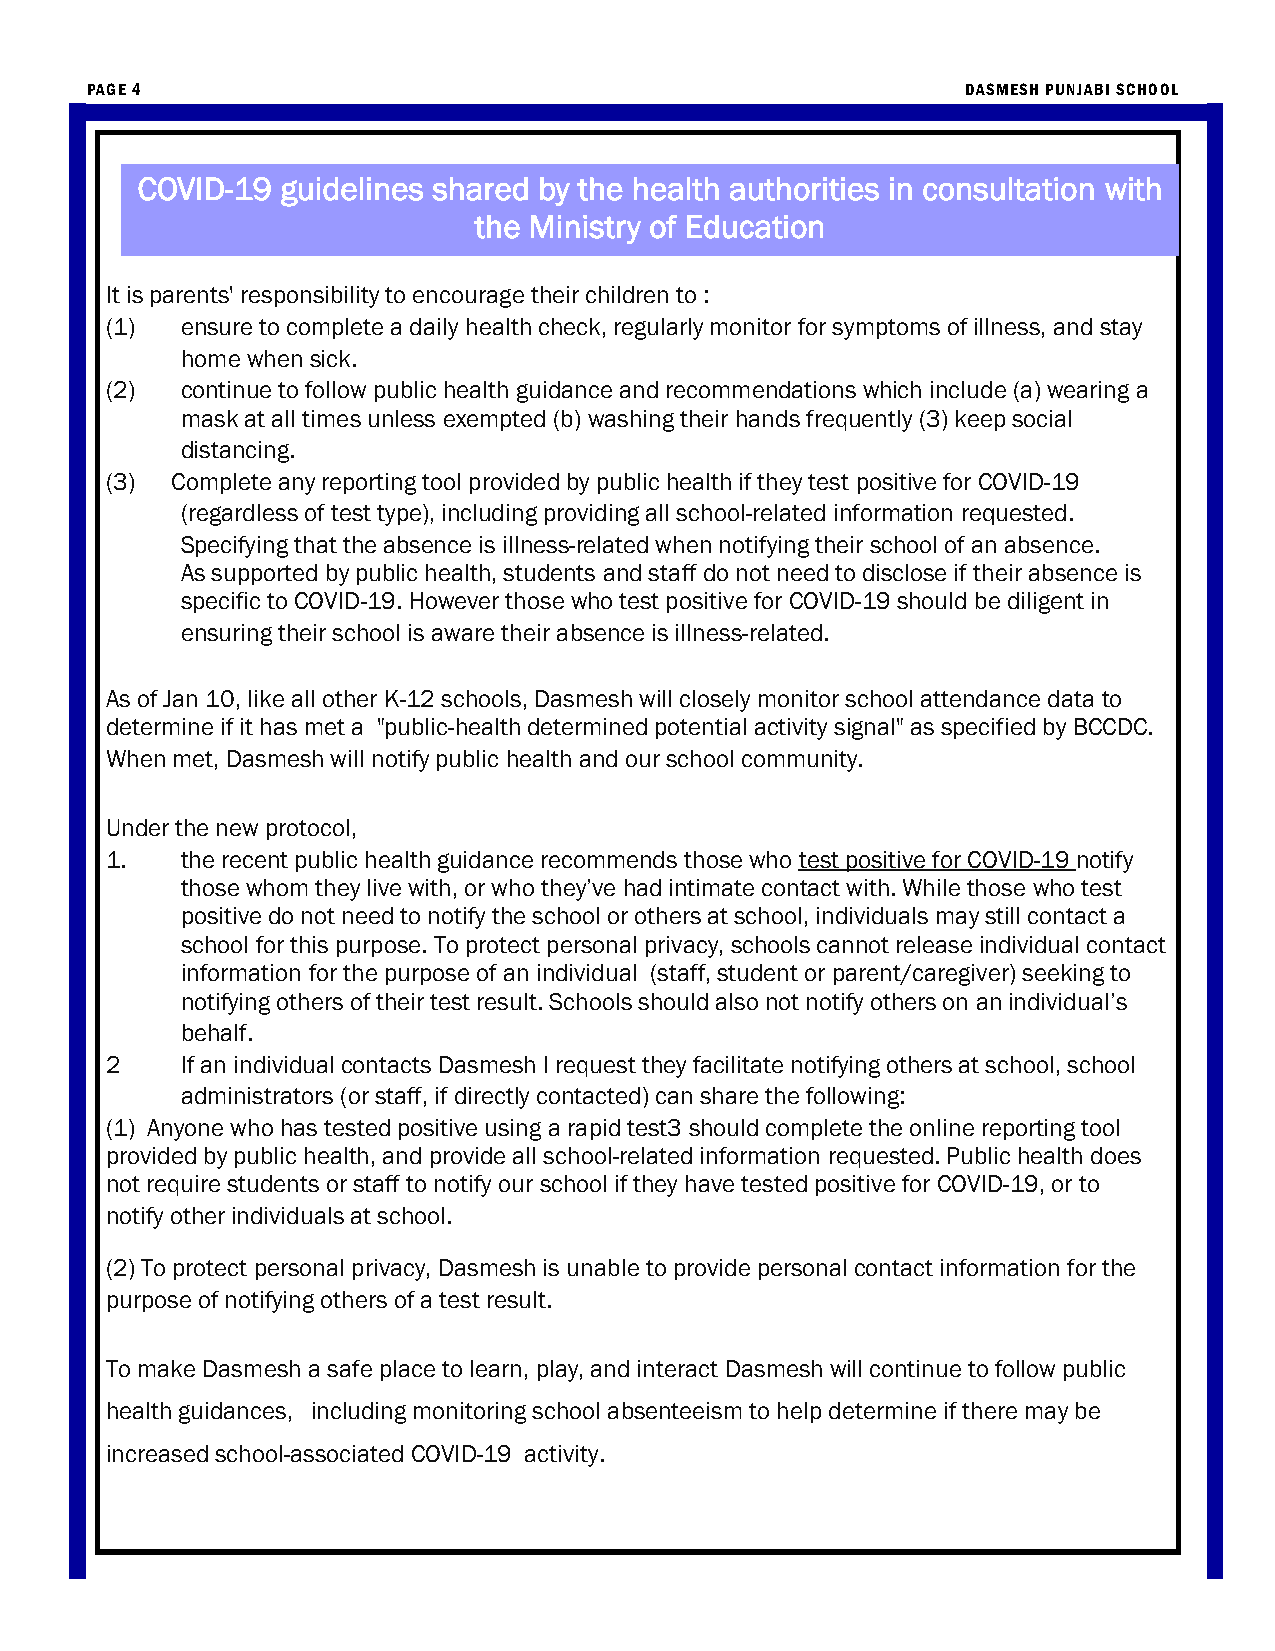
PAGE 4                                                    DASMESH PUNJABI SCHOOL
 COVID-19  guidelines shared by the health authorities in consultation with
 the Ministry of Education
 It is parents' responsibility to encourage their children to :
 (1)  ensure to complete a daily health check, regularly monitor for symptoms of illness, and stay
 home when sick.
 (2)  continue to follow public health guidance and recommendations which include (a) wearing a
 mask at all times unless exempted (b) washing their hands frequently (3) keep social
 distancing.
 (3) Complete any reporting tool provided by public health if they test positive for COVID-19
 (regardless of test type), including providing all school-related information requested.
 Specifying that the absence is illness-related when notifying their school of an absence.
 As supported by public health, students and staff do not need to disclose if their absence is
 specific to COVID-19. However those who test positive for COVID-19 should be diligent in
 ensuring their school is aware their absence is illness-related.
 As of Jan 10, like all other K-12 schools, Dasmesh will closely monitor school attendance data to
 determine if it has met a "public-health determined potential activity signal" as specified by BCCDC.
 When met, Dasmesh will notify public health and our school community.
 Under the new protocol,
 1.   the recent public health guidance recommends those who test positive for COVID-19 notify
 those whom they live with, or who they’ve had intimate contact with. While those who test
 positive do not need to notify the school or others at school, individuals may still contact a
 school for this purpose. To protect personal privacy, schools cannot release individual contact
 information for the purpose of an individual (staff, student or parent/caregiver) seeking to
 notifying others of their test result. Schools should also not notify others on an individual’s
 behalf.
 2    If an individual contacts Dasmesh l request they facilitate notifying others at school, school
 administrators (or staff, if directly contacted) can share the following:
 (1) Anyone who has tested positive using a rapid test3 should complete the online reporting tool
 provided by public health, and provide all school-related information requested. Public health does
 not require students or staff to notify our school if they have tested positive for COVID-19, or to
 notify other individuals at school.
 (2) To protect personal privacy, Dasmesh is unable to provide personal contact information for the
 purpose of notifying others of a test result.
 To make Dasmesh a safe place to learn, play, and interact Dasmesh will continue to follow public
 health guidances, including monitoring school absenteeism to help determine if there may be
 increased school-associated COVID-19 activity.